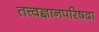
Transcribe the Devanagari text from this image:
तत्त्वज्ञानपरिषदा